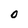
Character: O